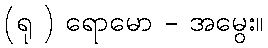
(ရု ) ရောမော - အမွေး။